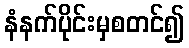
နံနက်ပိုင်းမှစတင်၍